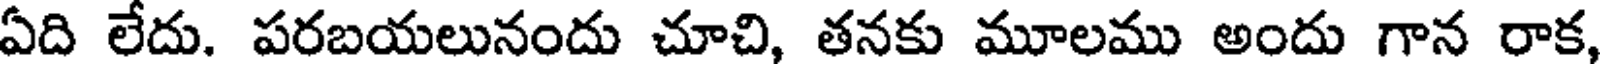
ఏది లేదు. పరబయలునందు చూచి, తనకు మూలము అందు గాన రాక,